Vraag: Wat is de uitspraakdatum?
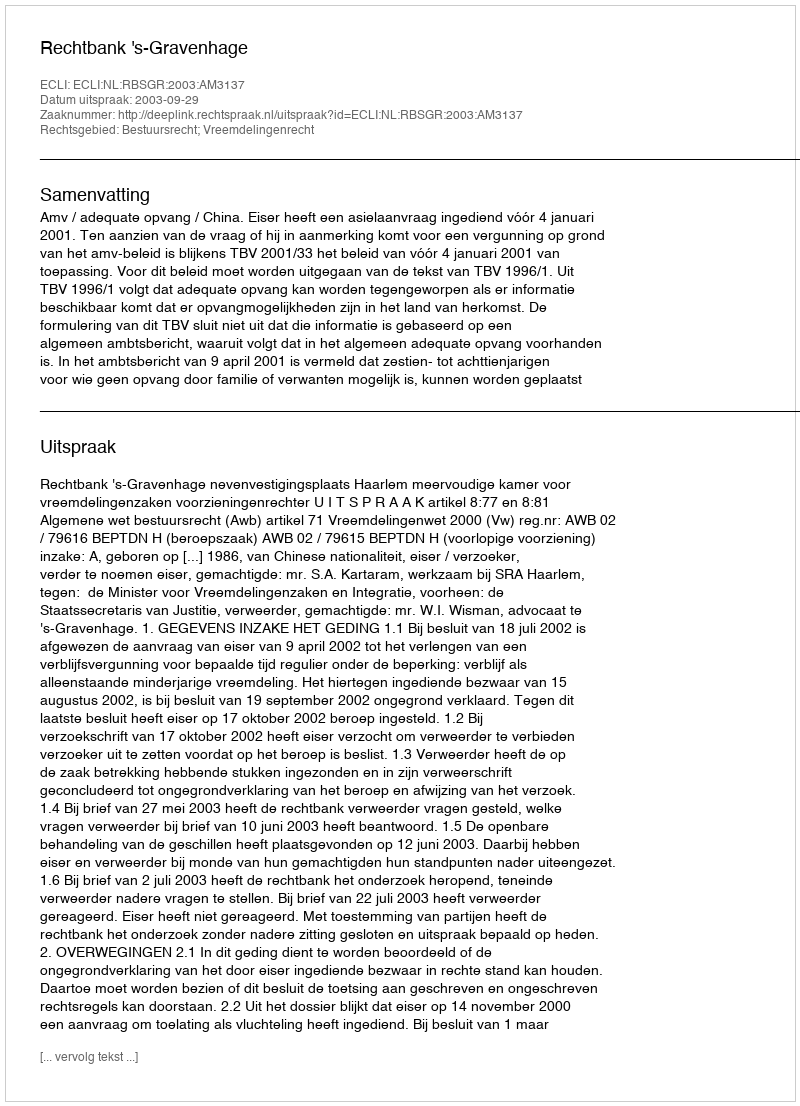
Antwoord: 2003-09-29